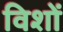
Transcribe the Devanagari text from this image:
विशों